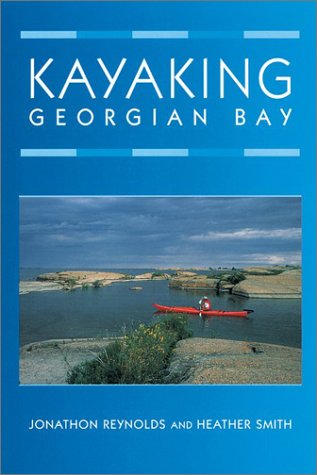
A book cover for Kayaking Georgian Bay; Jonathon Reynolds; Sports & Outdoors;